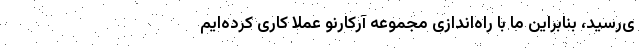
ی‌رسید، بنابراین ما با راه‌اندازی مجموعه آرکارنو عملا کاری کرده‌ایم